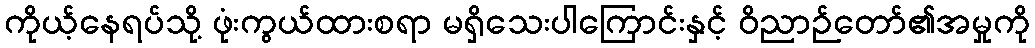
ကိုယ့်နေရပ်သို့ ဖုံးကွယ်ထားစရာ မရှိသေးပါကြောင်းနှင့် ဝိညာဉ်တော်၏အမှုကို